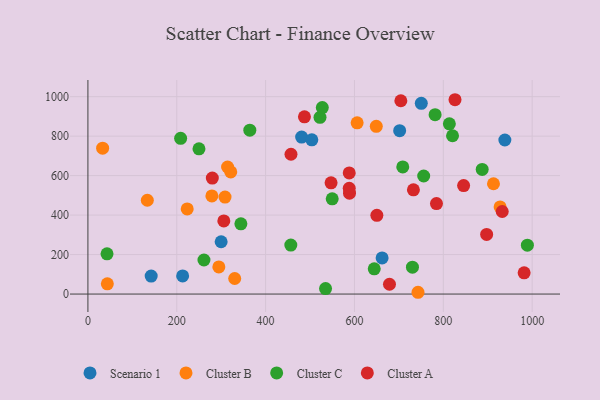
{"axis": {"x": "Speed", "y": "Exam Score"}, "legend": ["Cluster A", "Cluster B", "Cluster C", "Scenario 1"], "data": [{"x": "213.2", "y": 91.9, "type": "Scenario 1"}, {"x": "701.7", "y": 827.4, "type": "Scenario 1"}, {"x": "938.5", "y": 780.4, "type": "Scenario 1"}, {"x": "481.1", "y": 795.1, "type": "Scenario 1"}, {"x": "504.0", "y": 781.1, "type": "Scenario 1"}, {"x": "142.4", "y": 91.2, "type": "Scenario 1"}, {"x": "662.2", "y": 182.8, "type": "Scenario 1"}, {"x": "750.4", "y": 966.0, "type": "Scenario 1"}, {"x": "299.9", "y": 264.9, "type": "Scenario 1"}, {"x": "330.4", "y": 78.7, "type": "Cluster B"}, {"x": "912.9", "y": 558.7, "type": "Cluster B"}, {"x": "133.7", "y": 475.1, "type": "Cluster B"}, {"x": "927.8", "y": 441.3, "type": "Cluster B"}, {"x": "314.4", "y": 643.6, "type": "Cluster B"}, {"x": "308.6", "y": 491.3, "type": "Cluster B"}, {"x": "649.1", "y": 849.4, "type": "Cluster B"}, {"x": "321.5", "y": 618.6, "type": "Cluster B"}, {"x": "43.7", "y": 51.6, "type": "Cluster B"}, {"x": "223.5", "y": 431.0, "type": "Cluster B"}, {"x": "743.0", "y": 9.0, "type": "Cluster B"}, {"x": "33.1", "y": 738.8, "type": "Cluster B"}, {"x": "279.0", "y": 497.1, "type": "Cluster B"}, {"x": "294.7", "y": 137.3, "type": "Cluster B"}, {"x": "606.0", "y": 867.2, "type": "Cluster B"}, {"x": "730.5", "y": 136.4, "type": "Cluster C"}, {"x": "755.8", "y": 597.9, "type": "Cluster C"}, {"x": "989.2", "y": 247.7, "type": "Cluster C"}, {"x": "708.7", "y": 644.1, "type": "Cluster C"}, {"x": "534.9", "y": 27.7, "type": "Cluster C"}, {"x": "208.7", "y": 788.9, "type": "Cluster C"}, {"x": "522.4", "y": 895.2, "type": "Cluster C"}, {"x": "250.0", "y": 735.5, "type": "Cluster C"}, {"x": "456.7", "y": 247.9, "type": "Cluster C"}, {"x": "820.7", "y": 801.8, "type": "Cluster C"}, {"x": "781.5", "y": 908.9, "type": "Cluster C"}, {"x": "813.6", "y": 862.5, "type": "Cluster C"}, {"x": "527.6", "y": 944.5, "type": "Cluster C"}, {"x": "364.4", "y": 830.4, "type": "Cluster C"}, {"x": "644.5", "y": 127.6, "type": "Cluster C"}, {"x": "887.5", "y": 631.1, "type": "Cluster C"}, {"x": "344.3", "y": 355.8, "type": "Cluster C"}, {"x": "261.2", "y": 172.4, "type": "Cluster C"}, {"x": "549.9", "y": 482.6, "type": "Cluster C"}, {"x": "43.0", "y": 203.9, "type": "Cluster C"}, {"x": "678.8", "y": 49.7, "type": "Cluster A"}, {"x": "280.0", "y": 587.3, "type": "Cluster A"}, {"x": "588.8", "y": 510.9, "type": "Cluster A"}, {"x": "650.4", "y": 398.6, "type": "Cluster A"}, {"x": "547.3", "y": 563.2, "type": "Cluster A"}, {"x": "588.2", "y": 613.7, "type": "Cluster A"}, {"x": "932.6", "y": 418.3, "type": "Cluster A"}, {"x": "487.4", "y": 897.9, "type": "Cluster A"}, {"x": "732.7", "y": 527.9, "type": "Cluster A"}, {"x": "897.5", "y": 302.3, "type": "Cluster A"}, {"x": "981.9", "y": 107.3, "type": "Cluster A"}, {"x": "784.6", "y": 458.4, "type": "Cluster A"}, {"x": "457.1", "y": 708.2, "type": "Cluster A"}, {"x": "826.3", "y": 984.4, "type": "Cluster A"}, {"x": "704.4", "y": 979.2, "type": "Cluster A"}, {"x": "305.9", "y": 370.5, "type": "Cluster A"}, {"x": "845.7", "y": 549.5, "type": "Cluster A"}, {"x": "588.2", "y": 535.6, "type": "Cluster A"}]}